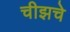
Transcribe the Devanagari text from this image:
चीझचे